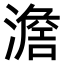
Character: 𣽃